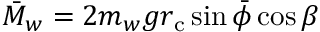
\bar { M } _ { w } = 2 m _ { w } g r _ { \mathrm { c } } \sin \bar { \phi } \cos \beta